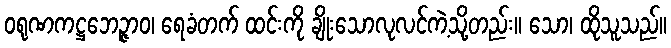
ဝရုဏကဋ္ဌဘေဉ္ဇာဝ၊ ရေခံတက် ထင်းကို ချိုးသောလုလင်ကဲ့သို့တည်း။ သော၊ ထိုသူသည်။